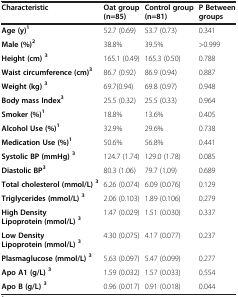
<table><thead><tr><td><b>Characteristic</b></td><td><b>Oat group (n=85)</b></td><td><b>Control group (n=81)</b></td><td><b>P Between groups</b></td></tr></thead><tbody><tr><td><b>Age (y)</b><sup><b>1</b></sup></td><td>52.7 (0.69)</td><td>53.7 (0.73)</td><td>0.341</td></tr><tr><td><b>Male (%)</b><sup><b>2</b></sup></td><td>38.8%</td><td>39.5%</td><td>&gt;0.999</td></tr><tr><td><b>Height (cm)</b><sup><b>3</b></sup></td><td>165.1 (0.49)</td><td>165.3 (0.50)</td><td>0.788</td></tr><tr><td><b>Waist circumference (cm)</b><sup><b>3</b></sup></td><td>86.7 (0.92)</td><td>86.9 (0.94)</td><td>0.887</td></tr><tr><td><b>Weight (kg)</b><sup><b>3</b></sup></td><td>69.7(0.94)</td><td>69.8 (0.97)</td><td>0.948</td></tr><tr><td><b>Body mass Index</b><sup><b>3</b></sup></td><td>25.5 (0.32)</td><td>25.5 (0.33)</td><td>0.964</td></tr><tr><td><b>Smoker (%)</b><sup><b>1</b></sup></td><td>18.8%</td><td>13.6%</td><td>0.405</td></tr><tr><td><b>Alcohol Use (%)</b><sup><b>1</b></sup></td><td>32.9%</td><td>29.6%</td><td>0.738</td></tr><tr><td><b>Medication Use (%)</b><sup><b>1</b></sup></td><td>50.6%</td><td>56.8%</td><td>0.441</td></tr><tr><td><b>Systolic BP (mmHg)</b><sup><b>3</b></sup></td><td>124.7 (1.74)</td><td>129.0 (1.78)</td><td>0.085</td></tr><tr><td><b>Diastolic BP</b><sup><b>3</b></sup></td><td>80.3 (1.06)</td><td>79.7 (1.09)</td><td>0.689</td></tr><tr><td><b>Total cholesterol (mmol/L)</b><sup><b>3</b></sup></td><td>6.26 (0.074)</td><td>6.09 (0.076)</td><td>0.129</td></tr><tr><td><b>Triglycerides (mmol/L)</b><sup><b>3</b></sup></td><td>2.06 (0.103)</td><td>1.89 (0.106)</td><td>0.279</td></tr><tr><td><b>High Density Lipoprotein (mmol/L)</b><sup><b>3</b></sup></td><td>1.47 (0.029)</td><td>1.51 (0.030)</td><td>0.337</td></tr><tr><td><b>Low Density Lipoprotein (mmol/L)</b><sup><b>3</b></sup></td><td>4.30 (0.075)</td><td>4.17 (0.077)</td><td>0.237</td></tr><tr><td><b>Plasmaglucose (mmol/L)</b><sup><b>3</b></sup></td><td>5.63 (0.097)</td><td>5.47 (0.099)</td><td>0.277</td></tr><tr><td><b>Apo A1 (g/L)</b><sup><b>3</b></sup></td><td>1.59 (0.032)</td><td>1.57 (0.033)</td><td>0.554</td></tr><tr><td><b>Apo B (g/L)</b><sup><b>3</b></sup></td><td>0.96 (0.017)</td><td>0.91 (0.018)</td><td>0.044</td></tr></tbody></table>